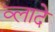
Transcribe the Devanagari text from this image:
व्लादे